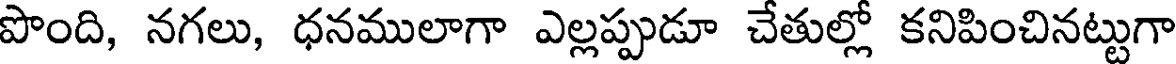
పొంది, నగలు, ధనములాగా ఎల్లప్పుడూ చేతుల్లో కనిపించినట్టుగా